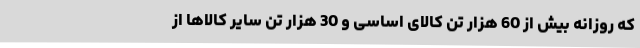
که روزانه بیش از 60 هزار تن کالای اساسی و 30 هزار تن سایر کالاها از